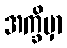
အက္ခိမှာ